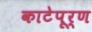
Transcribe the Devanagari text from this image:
काटेपूर्ण